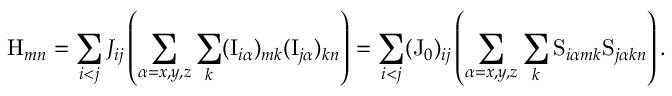
\mathrm { H } _ { m n } = \sum _ { i < j } J _ { i j } \left( \sum _ { \alpha = x , y , z } \sum _ { k } ( \mathrm { I } _ { i \alpha } ) _ { m k } ( \mathrm { I } _ { j \alpha } ) _ { k n } \right) = \sum _ { i < j } ( \mathrm { J } _ { 0 } ) _ { i j } \left( \sum _ { \alpha = x , y , z } \sum _ { k } \mathrm { S } _ { i \alpha m k } \mathrm { S } _ { j \alpha k n } \right) .